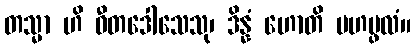
တသ္မာ ဟိ ဝီတဒေါသေသု၊ ဒိန္နံ ဟောတိ မဟပ္ဖလံ။